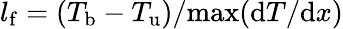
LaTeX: l_{\mathrm{f}}=(T_{\mathrm{b}}-T_{\mathrm{u}})/\mathrm{max}(\mathrm{d}T/\mathrm{d}x)